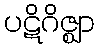
ပဋိဂိဇ္ဈာ